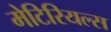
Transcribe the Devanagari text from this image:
मेटिरियल्स